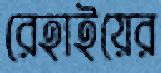
রেহাইয়ের